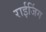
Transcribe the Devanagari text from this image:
राईजिंग